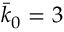
\bar { k } _ { 0 } = 3